Sketch of the medical history of the native army of Bombay, for the year
Year: 1870
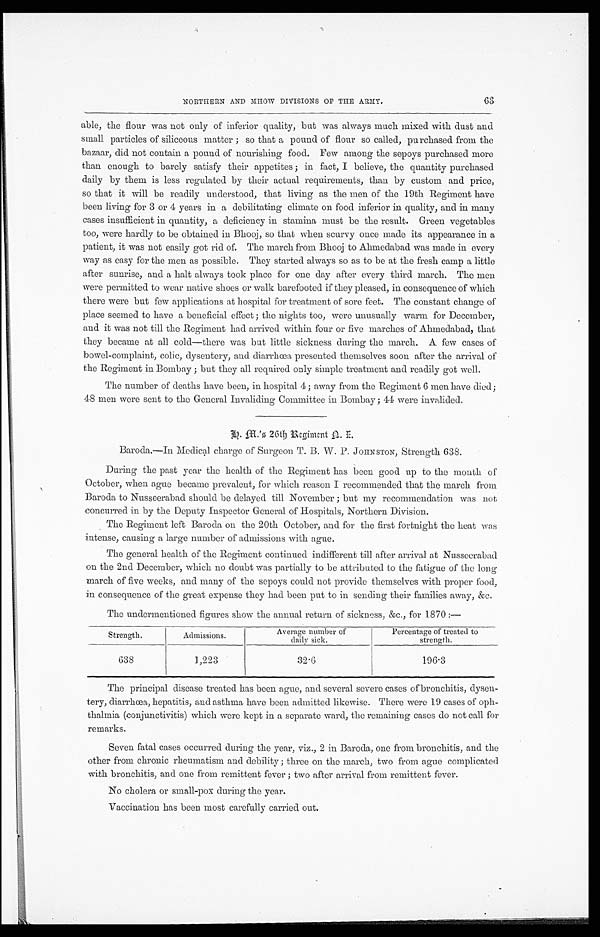
NORTHERN AND MHOW DIVISIONS OF THE ARMY.
63
able, the flour was not only of inferior quality, bat was always much mixed with dust and
small particles of siliceous matter; so that a pound of flour so called, purchased from the
bazaar, did not contain a pound of nourishing food. Few among the sepoys purchased more
than enough to barely satisfy their appetites; in fact, I believe, the quantity purchased
daily by them is less regulated by their actual requirements, than by custom and price,
so that it will be readily understood, that living as the men of the 19th Regiment have
been living for 3 or 4 years in a debilitating climate on food inferior in quality, and in many
cases insufficient in quantity, a deficiency in stamina must be the result. Green vegetables
too, were hardly to be obtained in Bhooj, so that when scurvy once made its appearance in a
patient, it was not easily got rid of. The march from Bhooj to Ahmedabad was made in every
way as easy for the men as possible. They started always so as to be at the fresh camp a little
after sunrise, and a halt always took place for one day after every third march. The men
were permitted to wear native shoes or walk barefooted if they pleased, in consequence of which
there were but few applications at hospital for treatment of sore feet. The constant change of
place seemed to have a beneficial effect; the nights too, were unusually warm for December,
and it was not till the Regiment had arrived within four or five marches of Ahmedabad, that
they became at all cold—there was but little sickness during the march. A few cases of
bowel-complaint, colic, dysentery, and diarrhœa presented themselves soon after the arrival of
the Regiment in Bombay; but they all required only simple treatment and readily got well.
The number of deaths have been, in hospital 4; away from the Regiment 6 men have died;
48 men were sent to the General Invaliding Committee in Bombay; 44 were invalided.
H. M.'s 26th Regiment N. I.
Baroda.—In Medical charge of Surgeon T. B. W. P. JOHNSTON, Strength 638.
During the past year the health of the Regiment has been good up to the mouth of
October, when ague became prevalent, for which reason I recommended that the march from
Baroda to Nusseerabad should be delayed till November; but my recommendation was not
concurred in by the Deputy Inspector General of Hospitals, Northern Division.
The Regiment left Baroda on the 20th October, and for the first fortnight the heat was
intense, causing a large number of admissions with ague.
The general health of the Regiment continued indifferent till after arrival at Nusseerabad
on the 2nd December, which no doubt was partially to be attributed to the fatigue of the long
march of five weeks, and many of the sepoys could not provide themselves with proper food,
in consequence of the great expense they had been put to in sending their families away, &c.
The undermentioned figures show the annual return of sickness, &c., for 1870:—
S t r e n g t h .
A d m i s s i o n s .
Av e r a g e n u mb e r o f d a i l y s i c k .
Per cent age of t r eat ed t o st r engt h.
6 3 8
1 , 2 2 3
3 2 · 6
1 9 6 · 3
The principal disease treated has been ague, and several severe cases of bronchitis, dysen
-tery, diarrhœa, hepatitis, and asthma have been admitted likewise. There were 19 cases of oph
-thalmia (conjunctivitis) which were kept in a separate ward, the remaining cases do not call for
remarks.
Seven fatal cases occurred during the year, viz., 2 in Baroda, one from bronchitis, and the
other from chronic rheumatism and debility; three on the march, two from ague complicated
with bronchitis, and one from remittent fever; two after arrival from remittent fever.
No cholera or small-pox during the year.
Vaccination has been most carefully carried out.